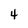
Character: 4